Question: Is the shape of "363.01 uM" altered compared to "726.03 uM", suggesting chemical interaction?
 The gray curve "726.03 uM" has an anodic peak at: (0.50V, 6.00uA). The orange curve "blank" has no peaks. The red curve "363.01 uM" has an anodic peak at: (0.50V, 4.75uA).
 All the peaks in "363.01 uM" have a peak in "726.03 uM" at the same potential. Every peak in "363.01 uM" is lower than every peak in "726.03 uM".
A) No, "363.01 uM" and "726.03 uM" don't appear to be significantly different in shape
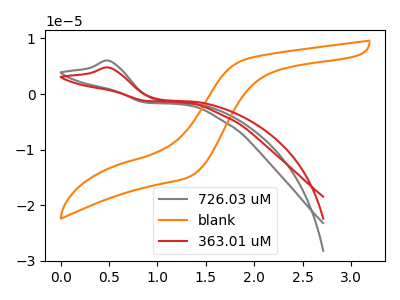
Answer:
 <answer>A) No, "363.01 uM" and "726.03 uM" don't appear to be significantly different in shape</answer>
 <eval>A</eval>